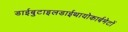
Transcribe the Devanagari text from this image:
डाईबुटाइलडाईथायोकार्बमेटों